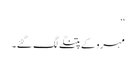
‘‘
مہرو کے پتنگے لگ گئے۔